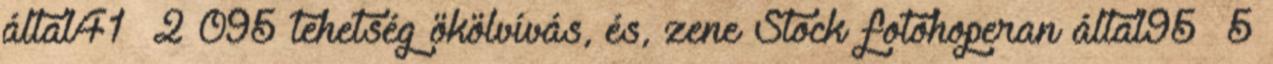
által41 2 095 tehetség ökölvívás, és, zene Stock fotóhoperan által95 5